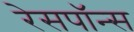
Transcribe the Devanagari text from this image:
रेसपॉन्स